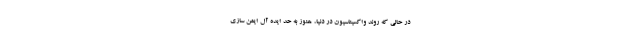
در حالی که روند واکسیناسیون در دنیا، هنوز به حد ایده آل ایمن سازی